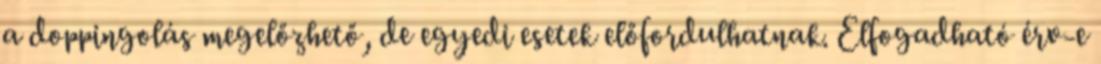
a doppingolás megelőzhető, de egyedi esetek előfordulhatnak. Elfogadható érv-e